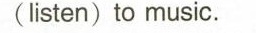
(listen) to music.